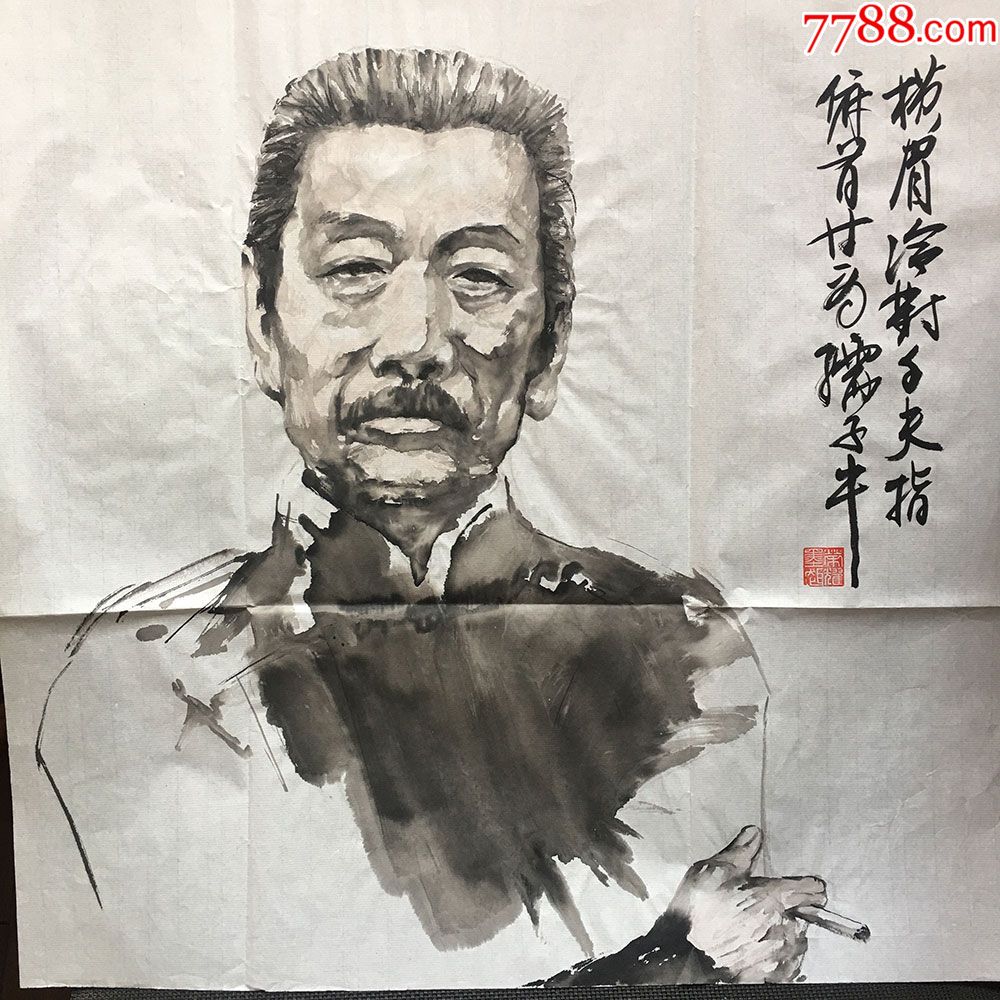
横眉冷对千夫指，俯首甘为孺子牛。